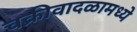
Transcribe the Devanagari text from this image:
चक्रीवादळामध्ये